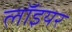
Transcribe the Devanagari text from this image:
लॉइयर